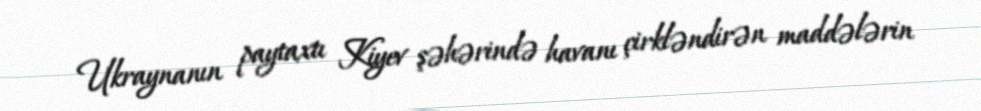
Ukraynanın paytaxtı Kiyev şəhərində havanı çirkləndirən maddələrin